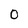
Character: 0